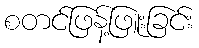
စတင်ဖြန့်ဖြူးခြင်း